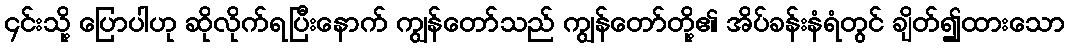
၄င်းသို့ ပြောပါဟု ဆိုလိုက်ရပြီးနောက် ကျွန်တော်သည် ကျွန်တော်တို့၏ အိပ်ခန်းနံရံတွင် ချိတ်၍ထားသော